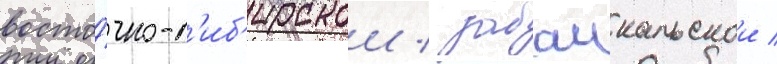
восто́чно-с'иб'ирскои / забаикальскои /